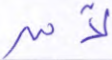
لآمن